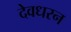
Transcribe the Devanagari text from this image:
देवधरन